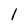
Character: l